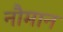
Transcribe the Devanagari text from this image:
नौमान